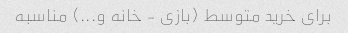
برای خرید متوسط (بازی - خانه و...) مناسبه